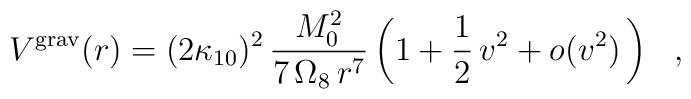
V^{\rm grav}(r) =  (2 \kappa_{10})^2 \,{M_0^2 \over 7\, \Omega_8\, r^7}\left(1 + \frac{1}{2} \,v^2 +o(v^2) \, \right)~~,